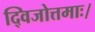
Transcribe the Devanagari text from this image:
द्विजोत्तमाः।